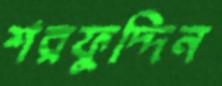
শরফুদ্দিন